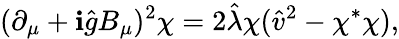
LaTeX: (\partial_{\mu}+\mathbf{i}\hat{{g}}B_{\mu})^{2}\chi=2\hat{{\lambda}}\chi(\hat{{v}}^{2}-\chi^{*}\chi),